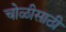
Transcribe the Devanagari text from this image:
चोळीसाठी